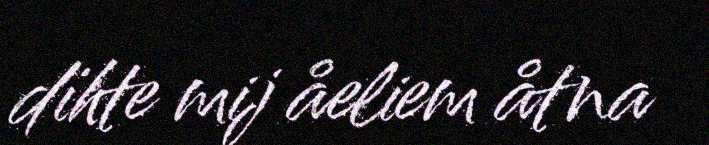
dïhte mij åeliem åtna